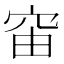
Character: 𥥉